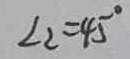
\angle 2 = 4 5 ^ { \circ }